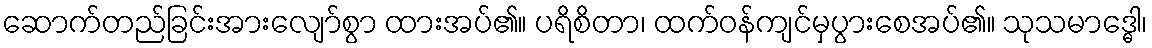
ဆောက်တည်ခြင်းအားလျော်စွာ ထားအပ်၏။ ပရိစိတာ၊ ထက်ဝန်ကျင်မှပွားစေအပ်၏။ သုသမာဒ္ဓေါ၊